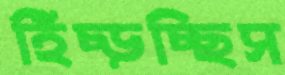
হিঁচ্‌ড়চ্ছিস